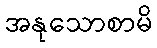
အနုသောစာမိ